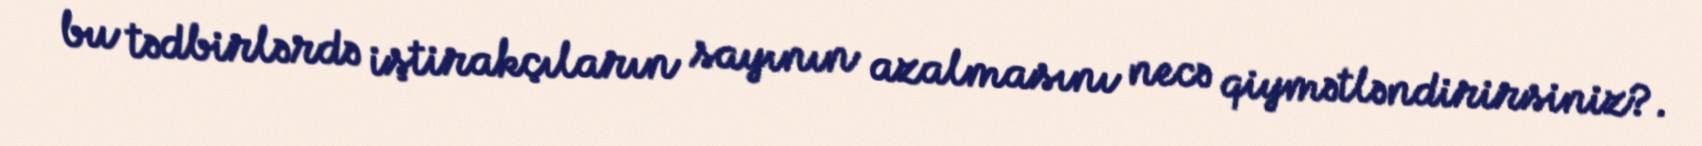
bu tədbirlərdə iştirakçıların sayının azalmasını necə qiymətləndirirsiniz?.